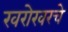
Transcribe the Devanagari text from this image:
खरोखरचे